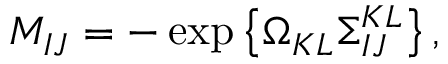
M _ { I J } = - \exp \left\{ \Omega _ { K L } \Sigma _ { I J } ^ { K L } \right\} ,